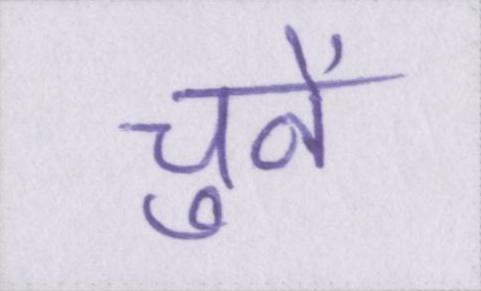
चुनें